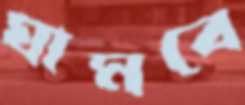
ঘামবে